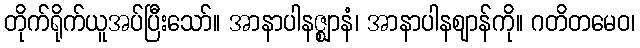
တိုက်ရိုက်ယူအပ်ပြီးသော်။ အာနာပါနဇ္ဈာနံ၊ အာနာပါနဈာန်ကို။ ဂတိတမေဝ၊